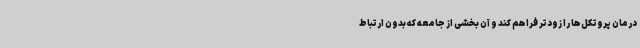
درمان پروتکل‌ها را زودتر فراهم کند و آن بخشی از جامعه که بدون ارتباط